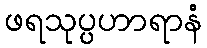
ဖရသုပ္ပဟာရာနံ